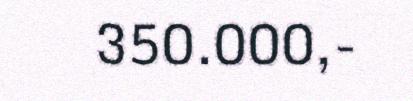
350.000,-